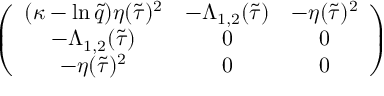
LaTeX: \left( \begin{array} { c c c } { { ( \kappa - \ln \tilde { q } ) \eta ( \tilde { \tau } ) ^ { 2 } } } & { { - \Lambda _ { 1 , 2 } ( \tilde { \tau } ) } } & { { - \eta ( \tilde { \tau } ) ^ { 2 } } } \\ { { - \Lambda _ { 1 , 2 } ( \tilde { \tau } ) } } & { { 0 } } & { { 0 } } \\ { { - \eta ( \tilde { \tau } ) ^ { 2 } } } & { { 0 } } & { { 0 } } \end{array} \right)